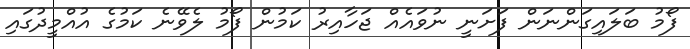
ފޯމު ބަލައިގަންނަން ފަށަނީ ނުވައެއް ޖަހާއިރު ކަމުން ފޯމު ލެވޭނެ ކަމުގެ އުއްމީދުގައި